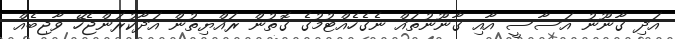
އަދި ގާނޫނު އަސާސީ އާއި ގާނޫނުތައް ނެގެހެއްޓުމުގެ ގޮތުން ރައްޔިތުން އަދާކުރަންޖެހޭ ވާޖިބެއް